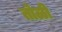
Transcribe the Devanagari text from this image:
तोळी